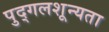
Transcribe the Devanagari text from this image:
पुद्गलशून्यता